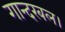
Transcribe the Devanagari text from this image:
गान्दरबल।